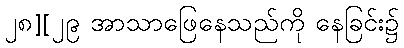
၂၈][၂၉ အာသာဖြေနေသည်ကို နေခြင်း၌